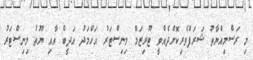
މި ރަސްމިއްޔާތު ޝަރަފްވެެރިކޮށްދެއްވީ ޓޫރިޒަމް މިނިސްޓަރު އަހްމަދު އަދީބް އާއި ޔޫތު މިނިސްޓަރު